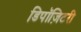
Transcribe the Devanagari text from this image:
डिपॉज़िटरी